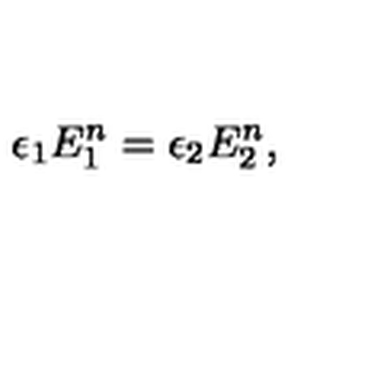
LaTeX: \epsilon _ { 1 } E _ { 1 } ^ { n } = \epsilon _ { 2 } E _ { 2 } ^ { n } ,